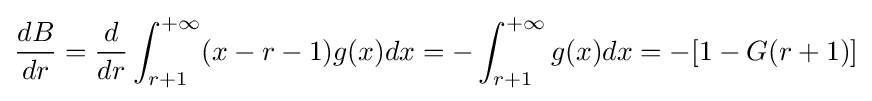
{\frac {dB}{dr}}={\frac {d}{dr}}\int _{r+1}^{+\infty }(x-r-1)g(x)dx=-\int _{r+1}^{+\infty }g(x)dx=-[1-G(r+1)]